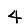
Digit: 4